Lunatic asylums United Provinces 1909-1921 - 1909-1921
Year: 1909
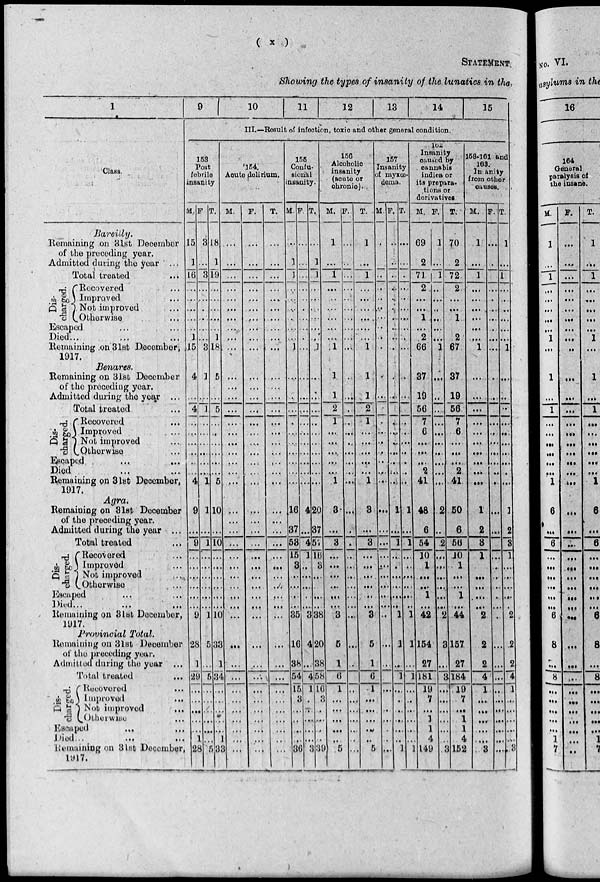
( x )
STATEMENT
Showing the types of insanity of the lunatics in the,
1
Class.
Bareilly.
Remaining on 31st December
of the preceding year.
Admitted during the year ...
Total treated ...
Dis-
charged.
Recovered ...
Improved ...
Not improved ...
Otherwise ...
Escaped ... ...
Died ... ...
Remaining on 31st December,
1917.
Benares.
Remaining on 31st December
of the preceding year.
Admitted during the year ...
Total treated ...
Dis-
charged.
Recovered ...
Improved ...
Not improved ...
Otherwise ...
Escaped ... ...
Died ... ...
Remaining on 31st December,
1917.
Agra.
Remaining on 31st December
of the preceding year.
Admitted during the year ...
Total treated ...
Dis-
charged.
Recovered ...
Improved ...
Not improved ...
Otherwise ...
Escaped ... ...
Died ... ...
Remaining on 3lst December,
1917.
Provincial Total.
Remaining on 31st December
of the preceding year.
Admitted during the year ...
Total treated
...
Dis-
charged.
Recovered
...
Improved
...
Not improved
...
Otherwise ...
Escaped
...
...
Died ... ...
Remaining on 31st December
1917.
9
10
11
12
13
14
15
III.—Result of infection, toxic and other general condition.
158
Post
febrile
insanity
M.
15
1
16
...
...
...
...
...
1
15
4
...
4
...
...
...
...
...
...
4
9
...
9
...
...
...
...
...
...
9
28
1
29
...
...
...
...
...
...
28
F.
3
...
3
...
...
...
...
...
...
3
1
...
1
...
...
...
...
...
...
1
1
...
1
...
...
...
...
...
...
1
5
...
5
...
...
...
...
...
...
5
T.
18
1
19
...
...
...
...
...
1
18
5
...
5
...
...
...
...
...
...
5
10
...
10
...
...
...
...
...
...
10
33
1
34
...
...
...
...
...
1
33
154.
Acute delirium.
M.
...
...
...
...
...
...
...
...
...
...
...
...
...
...
...
...
...
...
...
...
...
...
...
...
...
...
...
...
...
...
...
...
...
...
...
...
...
...
...
...
F.
...
...
...
...
...
...
...
...
...
...
...
...
...
...
...
...
...
...
...
...
...
...
...
...
...
...
...
...
...
...
...
...
...
...
...
...
...
...
...
...
T.
...
...
...
...
...
...
...
...
...
...
...
...
...
...
...
...
...
...
...
...
...
...
...
...
...
...
...
...
...
...
...
...
...
...
...
...
...
...
...
...
155
Confu-
sionàl
insanity
M.
...
1
1
...
...
...
...
...
...
1
...
...
...
...
...
...
...
...
...
..
16
37
53
15
3
...
...
...
..
35
16
38
54
15
3
...
...
...
...
36
F.
...
...
...
...
...
...
...
...
...
...
...
...
...
...
...
...
...
...
...
...
4
...
4
1
...
...
...
...
...
3
4
...
4
1
...
...
...
...
...
3
T.
...
1
1
...
...
...
...
...
...
1
...
...
...
...
...
...
...
...
...
...
20
37
51
16
3
...
...
...
...
38
20
38
58
16
3
...
...
...
...
39
156
Alcoholic
insanity
(acute or
chronic)
M.
1
...
1
...
...
...
...
...
...
1
1
1
2
1
...
...
...
...
...
1
3
...
3
...
...
...
...
...
...
3
5
1
6
1
...
...
...
...
...
5
F.
...
...
...
...
...
...
...
...
...
...
...
...
...
...
...
...
...
...
...
...
...
...
...
...
...
...
...
...
...
...
...
...
...
...
...
...
...
...
...
...
T.
1
...
1
...
...
...
...
...
...
1
1
1
2
1
...
...
...
...
...
1
8
...
3
...
...
...
...
...
...
3
5
1
6
1
...
...
...
...
...
5
157
Insanity
of myxœ-
dema.
M.
...
...
...
...
...
...
...
...
...
...
...
...
...
...
...
...
...
...
...
...
...
...
...
...
...
...
...
...
...
...
...
...
...
...
...
...
...
...
...
...
F.
...
...
...
...
...
...
...
...
...
...
...
...
...
...
...
...
...
...
...
...
1
...
1
...
...
...
...
...
...
1
1
...
1
...
...
...
...
...
...
1
T.
...
...
...
...
...
...
...
...
...
..
...
...
...
...
...
...
...
...
...
...
1
...
1
...
...
...
...
...
...
1
1
...
1
...
...
...
...
...
...
1
162
Insanity
caused by
cannabis
indica or
its prepara-
tions or
derivatives.
M.
69
2
71
2
...
...
1
...
2
66
37
19
56
7
6
...
...
...
2
41
48
6
54
10
1
...
...
1
...
42
154
27
181
19
7
...
1
1
4
149
F.
1
...
1
...
...
...
...
...
...
1
...
...
...
...
...
...
...
...
...
...
2
...
2
...
...
...
...
...
...
2
3
...
3
...
...
...
..
...
...
3
T.
70
2
72
2
...
...
1
...
2
67
37
19
56
7
6
...
...
...
2
41
50
6
56
10
1
...
...
1
...
44
157
27
184
19
7
...
1
1
4
152
58.161 and
168.
In anity
from other
causes.
M.
1
...
1
...
...
...
...
...
...
1
...
...
...
...
...
...
...
...
...
...
1
2
3
1
...
...
...
...
... 2
2
2
4
1
...
...
...
...
... 3
F.
...
...
...
...
...
...
...
...
...
...
...
...
...
...
...
...
...
...
...
...
...
...
...
... ...
...
...
...
...
...
...
...
...
...
...
...
...
...
...
...
T.
1
...
1
...
...
... ...
...
...
1
...
...
...
...
...
...
...
...
...
...
1
2
3
1
...
...
...
...
...
2
2
2
4
1
...
...
..
...
... 3